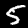
Digit: 5